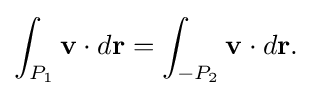
{\textstyle \displaystyle \int _{P_{1}}\mathbf {v} \cdot d\mathbf {r} =\int _{-P_{2}}\mathbf {v} \cdot d\mathbf {r} .}